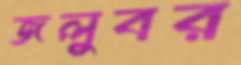
জলুবর